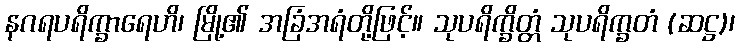
နဂရပရိက္ခာရေဟိ၊ မြို့၏ အခြံအရံတို့ဖြင့်။ သုပရိက္ခိတ္တံ သုပရိက္ခတံ (ဆဋ္ဌ)၊